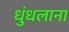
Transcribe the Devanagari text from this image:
धुंधलाना